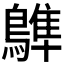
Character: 𪄩